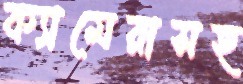
ক্যামেরাসহ